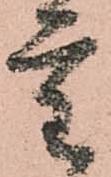
重